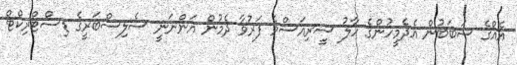
އެއްގެ ސަބަބުން އެދެމީހުންގެ ހާލު ސީރިއަސްވެ ފަރުވާ ދެމުން އަންނަނީ ސެލިސްބަރީގެ ޑިސްޓްރިކްޓް